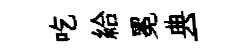
吃給冕典一